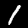
Label: 1